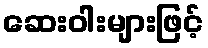
ဆေးဝါးများဖြင့်